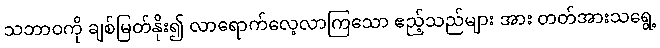
သဘာဝကို ချစ်မြတ်နိုး၍ လာရောက်လေ့လာကြသော ဧည့်သည်များ အား တတ်အားသရွေ့